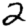
Digit: 2